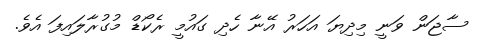
ސާޖަން ވަނީ މިދިޔަ އަހަރު އޭނާ ހެދި ގައުމީ ރެކޯޑް މުގުރާލައިފަ އެވެ.